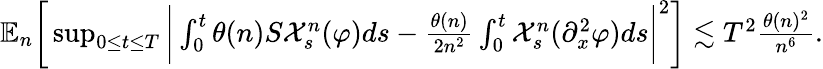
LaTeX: \begin{array}{r}{\mathbb{E}_{n}\bigg[\operatorname*{sup}_{0\le t\le T}\bigg|\int_{0}^{t}\theta(n)S\mathcal{X}_{s}^{n}(\varphi)ds-\frac{\theta(n)}{2n^{2}}\int_{0}^{t}\mathcal{X}_{s}^{n}(\partial_{x}^{2}\varphi)ds\bigg|^{2}\bigg]\lesssim T^{2}\frac{\theta(n)^{2}}{n^{6}}.}\end{array}